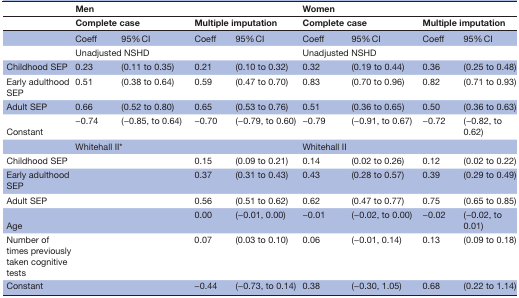
|  | <COLSPAN=4> Men | <COLSPAN=4> Women |
 |  | <COLSPAN=2> Complete case | <COLSPAN=2> Multiple imputation | <COLSPAN=2> Complete case | <COLSPAN=2> Multiple imputation |
 | --- | --- | --- | --- | --- | --- | --- | --- | --- |
 |  | Coeff | 95% CI | Coeff | 95% CI | Coeff | 95% CI | Coeff | 95% CI |
 |  | <COLSPAN=4> Unadjusted NSHD | <COLSPAN=4> Unadjusted NSHD |
 | Childhood SEP | 0.23 | (0.11 to 0.35) | 0.21 | (0.10 to 0.32) | 0.32 | (0.19 to 0.44) | 0.36 | (0.25 to 0.48) |
 | Early adulthood SEP | 0.51 | (0.38 to 0.64) | 0.59 | (0.47 to 0.70) | 0.83 | (0.70 to 0.96) | 0.82 | (0.71 to 0.93) |
 | Adult SEP | 0.66 | (0.52 to 0.80) | 0.65 | (0.53 to 0.76) | 0.51 | (0.36 to 0.65) | 0.50 | (0.36 to 0.63) |
 | Constant | −0.74 | (−0.85, to 0.64) | −0.70 | (−0.79, to 0.60) | −0.79 | (−0.91, to 0.67) | −0.72 | (−0.82, to 0.62) |
 |  | <COLSPAN=4> Whitehall II* | <COLSPAN=4> Whitehall II |
 | Childhood SEP |  |  | 0.15 | (0.09 to 0.21) | 0.14 | (0.02 to 0.26) | 0.12 | (0.02 to 0.22) |
 | Early adulthood SEP |  |  | 0.37 | (0.31 to 0.43) | 0.43 | (0.28 to 0.57) | 0.39 | (0.29 to 0.49) |
 | Adult SEP |  |  | 0.56 | (0.51 to 0.62) | 0.62 | (0.47 to 0.77) | 0.75 | (0.65 to 0.85) |
 | Age |  |  | 0.00 | (−0.01, 0.00) | −0.01 | (−0.02, to 0.00) | −0.02 | (−0.02, to 0.01) |
 | Number of times previously taken cognitive tests |  |  | 0.07 | (0.03 to 0.10) | 0.06 | (−0.01, 0.14) | 0.13 | (0.09 to 0.18) |
 | Constant |  |  | −0.44 | (−0.73, to 0.14) | 0.38 | (−0.30, 1.05) | 0.68 | (0.22 to 1.14) |